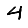
Digit: 4